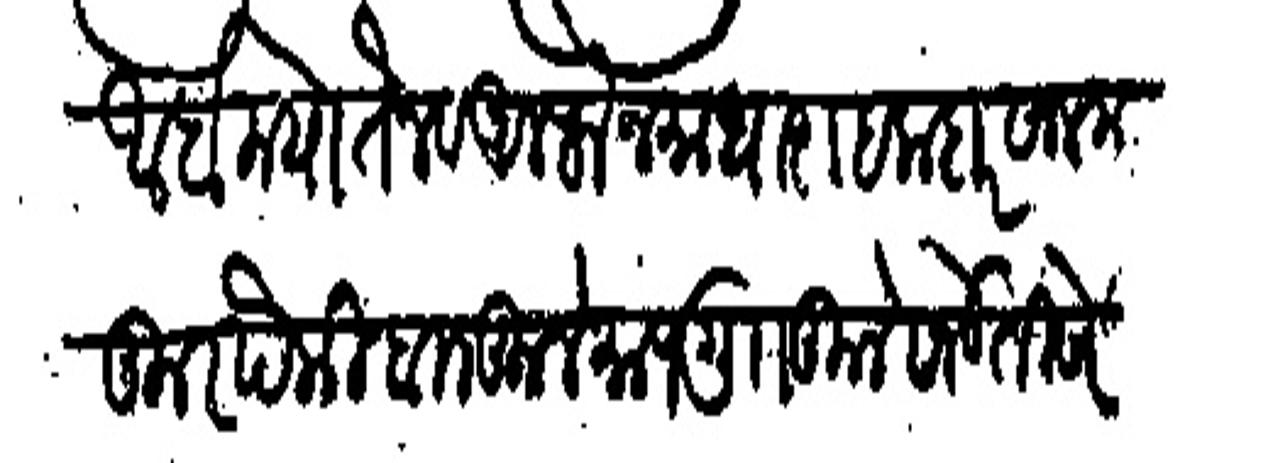
Transliteration (Devanagari): अर्बा मया तैन व आलफै जमा धारा हकदार साल मजकुर पैकी बा कुले माप गु कुले साड ती सेरी